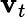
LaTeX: \mathbf{v}_{t}